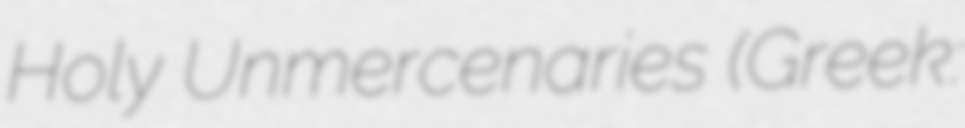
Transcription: Holy Unmercenaries (Greek: